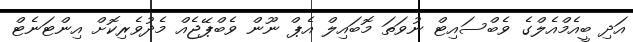
އަދި ބީއެމްއެލްގެ ވެބްސައިޓް ނުވަތަ މޮބައިލް އެޕް ނޫން ވެބްޕޭޖެއް މެދުވެރިކޮށް އިންޓަނެޓް